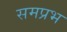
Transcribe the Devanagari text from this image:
समप्रभ